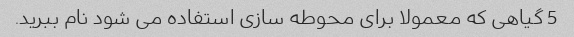
5 گیاهی که معمولا برای محوطه سازی استفاده می شود نام ببرید.